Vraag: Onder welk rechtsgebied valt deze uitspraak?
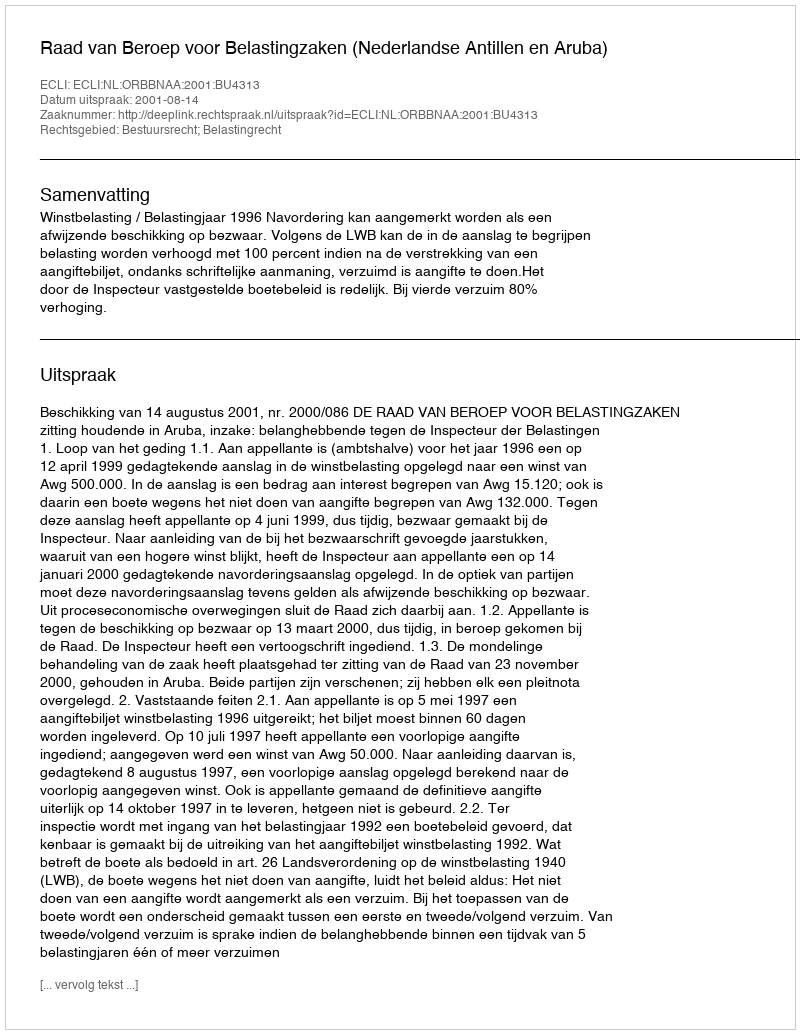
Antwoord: Bestuursrecht; Belastingrecht